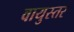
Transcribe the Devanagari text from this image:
वायुस्तर